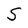
Character: S